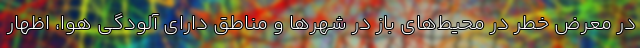
در معرض خطر در محیط‌های باز در شهرها و مناطق دارای آلودگی هوا، اظهار